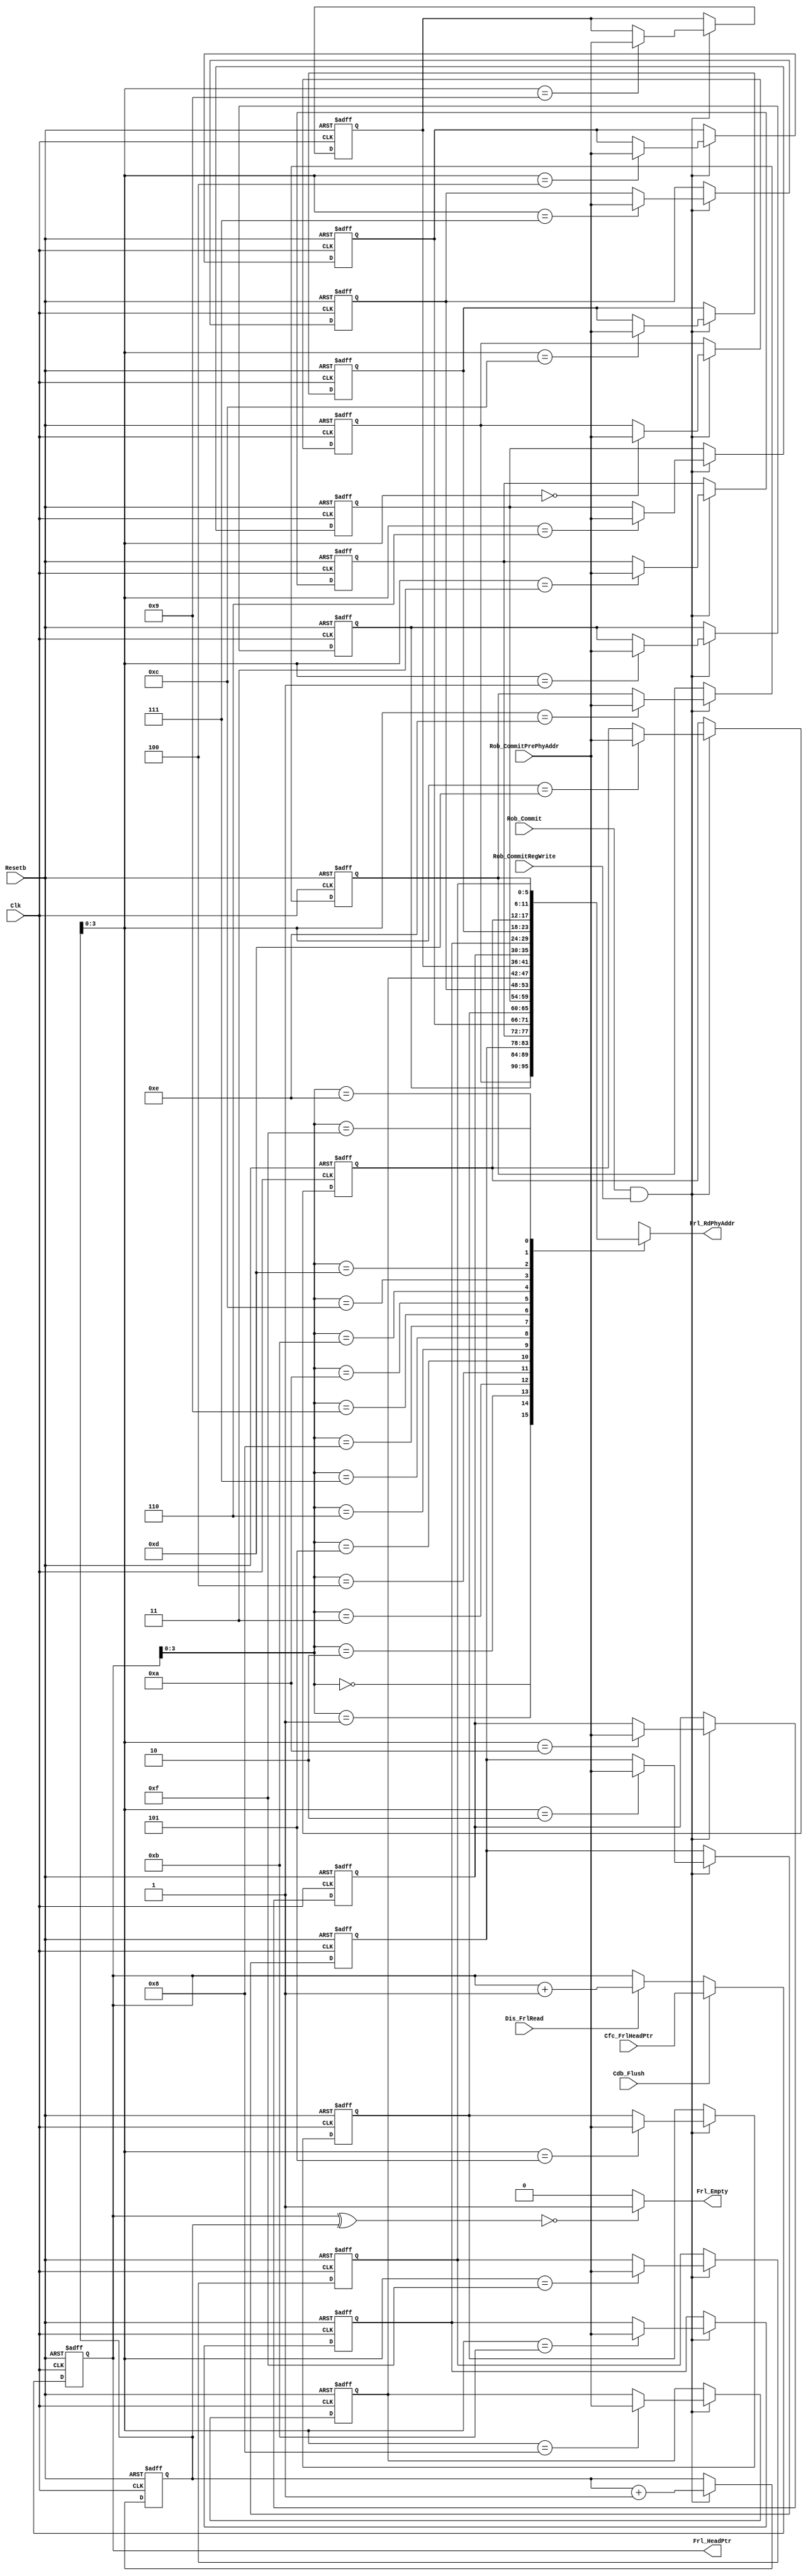
`timescale 1ps/1ps
module FRL(
    input Clk,          	  		
	input Resetb,       		 
	input Cdb_Flush,    			
	//Interface with Rob
	input [5:0] Rob_CommitPrePhyAddr, 	
	input Rob_Commit,   			
	input Rob_CommitRegWrite, 	
	input [4:0] Cfc_FrlHeadPtr,//16 locations, n+1 pointer
	//Interface with Dis_FrlRead unit
	output [5:0] Frl_RdPhyAddr,        	
	input Dis_FrlRead,    			
	output Frl_Empty,      			
	//Interface with Previous Head Pointer Stack
	output [4:0] Frl_HeadPtr    			
);
    reg [5:0] FRL_mem [15:0];
    reg [4:0] Head_ptr,Tail_ptr;
    integer i;
    //////////////
    always @(posedge Clk, negedge Resetb) begin
        if(!Resetb)begin
            for (i=0;i<16;i=i+1)begin
                FRL_mem[i]<=i+32;
            end
            Head_ptr<=5'b00000;//read pointer
            Tail_ptr<=5'b10000;//write pointer
        end else begin
            if(Cdb_Flush)begin
                Head_ptr<= Cfc_FrlHeadPtr;
            end else if(Dis_FrlRead)begin
                Head_ptr<=Head_ptr+1;
            end
            ///////////////
            //head pointer tail pointercdb_flushdispatch unithead pointertail pointerrob
            if(Rob_Commit&&Rob_CommitRegWrite)begin
                FRL_mem[Tail_ptr[3:0]]<=Rob_CommitPrePhyAddr;//current tag stored in the rrat
                Tail_ptr<=Tail_ptr+1;
            end
        end
    end
    ///////////////
    assign Frl_Empty=((Head_ptr^Tail_ptr)==5'b00000)?1'b1:1'b0;
    assign Frl_HeadPtr=Head_ptr;
    assign Frl_RdPhyAddr=FRL_mem[Head_ptr[3:0]];
endmodule